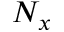
N _ { x }